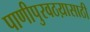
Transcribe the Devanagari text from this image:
पाणीपुरवठय़ासाठी